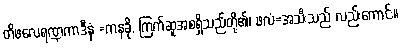
တိဖလေရဏ္ဍကာဒီနံ =ကနခို, ကြက်ဆူအစရှိသည်တို့၏၊ ဖလံ=အသီးသည် လည်းကောင်း။